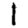
Digit: 1